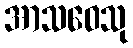
အာသဝေသု